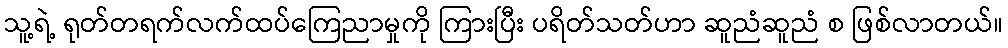
သူ့ရဲ့ ရုတ်တရက်လက်ထပ်ကြေညာမှုကို ကြားပြီး ပရိတ်သတ်ဟာ ဆူညံဆူညံ စ ဖြစ်လာတယ်။